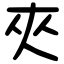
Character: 夾